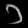
Digit: ၁